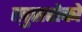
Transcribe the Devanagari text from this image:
खुसरोको